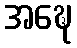
အဍ္ဎေ